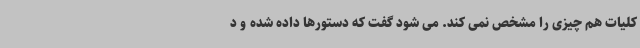
کلیات هم چیزی را مشخص نمی کند. می شود گفت که دستورها داده شده و د